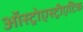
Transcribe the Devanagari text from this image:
ऑस्ट्रोएस्ट्रीएटिक